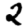
Digit: 2